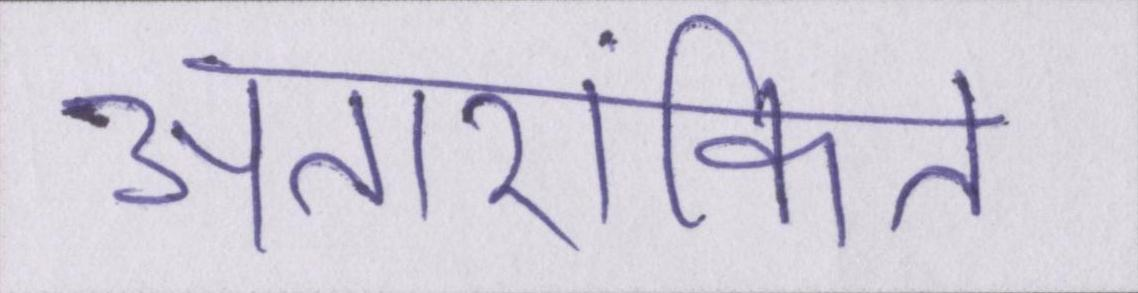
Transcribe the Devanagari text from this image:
अतारांकित